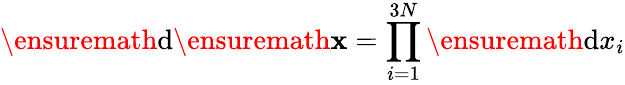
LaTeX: \ensuremath{\mathrm{d}}\ensuremath{\mathbf{x}}=\prod_{i=1}^{3N}\ensuremath{\mathrm{d}}x_{i}